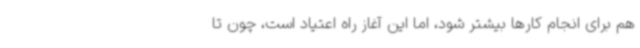
هم برای انجام کارها بیشتر شود، اما این آغاز راه اعتیاد است، چون تا